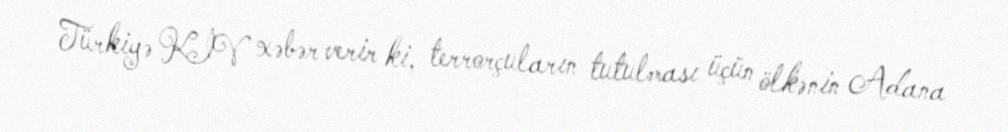
Türkiyə KİV xəbər verir ki, terrorçuların tutulması üçün ölkənin Adana